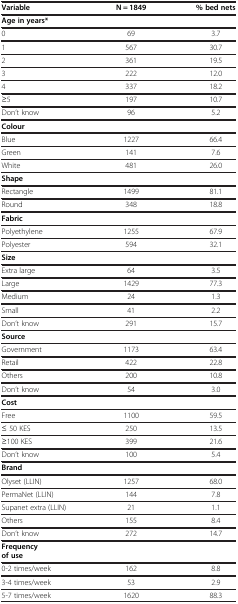
<table><thead><tr><td><b>Variable</b></td><td><b>N = 1849</b></td><td><b>% bed nets</b></td></tr></thead><tbody><tr><td><b>Age in years*</b></td><td>[EMPTY_CELL]</td><td>[EMPTY_CELL]</td></tr><tr><td>0</td><td>69</td><td>3.7</td></tr><tr><td>1</td><td>567</td><td>30.7</td></tr><tr><td>2</td><td>361</td><td>19.5</td></tr><tr><td>3</td><td>222</td><td>12.0</td></tr><tr><td>4</td><td>337</td><td>18.2</td></tr><tr><td>≥5</td><td>197</td><td>10.7</td></tr><tr><td>Don’t know</td><td>96</td><td>5.2</td></tr><tr><td><b>Colour</b></td><td>[EMPTY_CELL]</td><td>[EMPTY_CELL]</td></tr><tr><td>Blue</td><td>1227</td><td>66.4</td></tr><tr><td>Green</td><td>141</td><td>7.6</td></tr><tr><td>White</td><td>481</td><td>26.0</td></tr><tr><td><b>Shape</b></td><td>[EMPTY_CELL]</td><td>[EMPTY_CELL]</td></tr><tr><td>Rectangle</td><td>1499</td><td>81.1</td></tr><tr><td>Round</td><td>348</td><td>18.8</td></tr><tr><td><b>Fabric</b></td><td>[EMPTY_CELL]</td><td>[EMPTY_CELL]</td></tr><tr><td>Polyethylene</td><td>1255</td><td>67.9</td></tr><tr><td>Polyester</td><td>594</td><td>32.1</td></tr><tr><td><b>Size</b></td><td>[EMPTY_CELL]</td><td>[EMPTY_CELL]</td></tr><tr><td>Extra large</td><td>64</td><td>3.5</td></tr><tr><td>Large</td><td>1429</td><td>77.3</td></tr><tr><td>Medium</td><td>24</td><td>1.3</td></tr><tr><td>Small</td><td>41</td><td>2.2</td></tr><tr><td>Don’t know</td><td>291</td><td>15.7</td></tr><tr><td><b>Source</b></td><td>[EMPTY_CELL]</td><td>[EMPTY_CELL]</td></tr><tr><td>Government</td><td>1173</td><td>63.4</td></tr><tr><td>Retail</td><td>422</td><td>22.8</td></tr><tr><td>Others</td><td>200</td><td>10.8</td></tr><tr><td>Don’t know</td><td>54</td><td>3.0</td></tr><tr><td><b>Cost</b></td><td>[EMPTY_CELL]</td><td>[EMPTY_CELL]</td></tr><tr><td>Free</td><td>1100</td><td>59.5</td></tr><tr><td>≤ 50 KES</td><td>250</td><td>13.5</td></tr><tr><td>≥100 KES</td><td>399</td><td>21.6</td></tr><tr><td>Don’t know</td><td>100</td><td>5.4</td></tr><tr><td><b>Brand</b></td><td>[EMPTY_CELL]</td><td>[EMPTY_CELL]</td></tr><tr><td>Olyset (LLIN)</td><td>1257</td><td>68.0</td></tr><tr><td>PermaNet (LLIN)</td><td>144</td><td>7.8</td></tr><tr><td>Supanet extra (LLIN)</td><td>21</td><td>1.1</td></tr><tr><td>Others</td><td>155</td><td>8.4</td></tr><tr><td>Don’t know</td><td>272</td><td>14.7</td></tr><tr><td><b>Frequency of use</b></td><td>[EMPTY_CELL]</td><td>[EMPTY_CELL]</td></tr><tr><td>0-2 times/week</td><td>162</td><td>8.8</td></tr><tr><td>3-4 times/week</td><td>53</td><td>2.9</td></tr><tr><td>5-7 times/week</td><td>1620</td><td>88.3</td></tr></tbody></table>